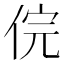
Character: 俒